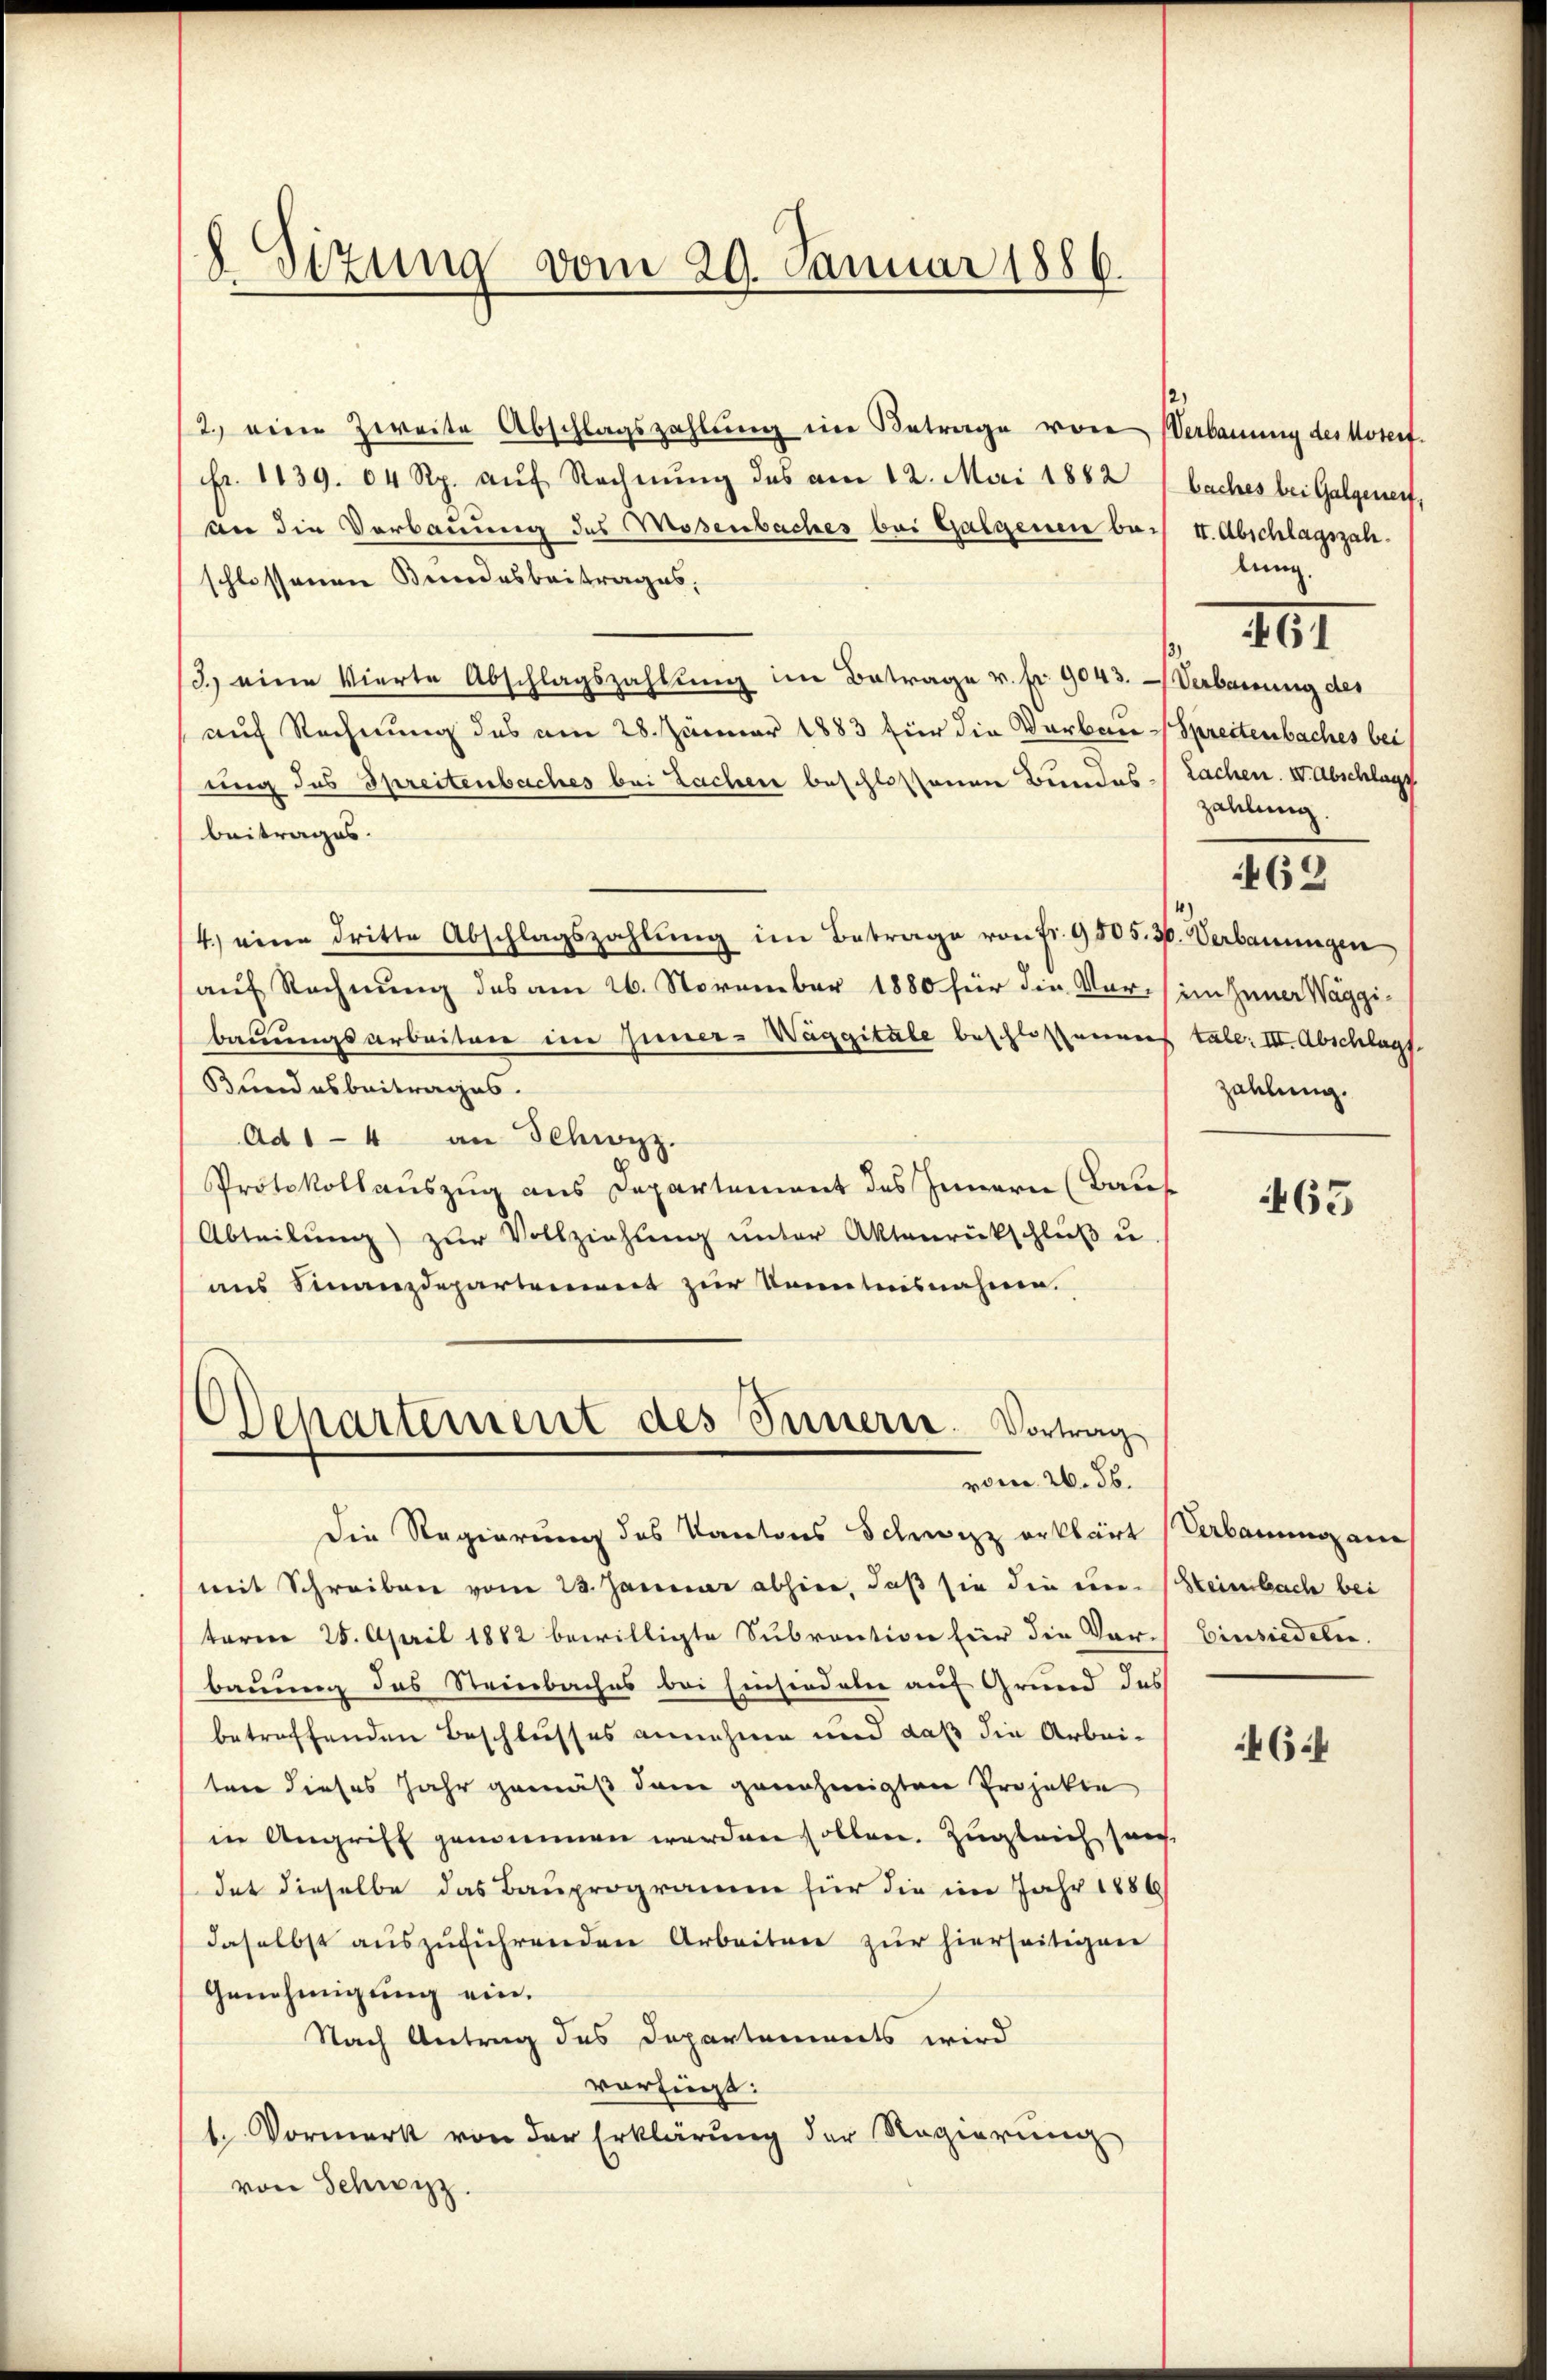
8 Sizung vom 29. Januar 1886.

2. eine Zweite Abschlagszahlŭng ein Betrage von Verbauung des Moserf.
fr. 1139. 64 Rp. aŭf Rechnŭng des am 12. Mai 1882 (baches bei Galgenent
an die Verbauung des Mosenbaches bei Galgenen bei II. Abschlagszahschlossenen Bundesbeitrages,
3) eine Vierte Abschlagszahlung im Betrage v. fr. 9043. - Verbauung des
auf Rechnung des am 28. Januar 1883 für die Verbau-Spreitenbaches bei
ung des Spreitenbaches bei Lachen beschlossenen Bundes- Lachen. IV. Abschlage
beitrages.
4.) eine dritte Abschlagszahlŭng im Betrage von fr. 9505. 30. Verbauungen
auf Rechnung des am 26. November 1880 für die Vor- im Jener Waggibauungsarbeiten im Inner-Wäggitale beschlossenes tale: III. Abschlags
Bundesbeitrages.
Ad 14 an Schwyz.
Protokollauszug aus Departement des Innern (Bauf
Abteilŭng zŭr Vollziehŭng ŭnter Aktenrückschlŭβ u.
aus Finanzdepartement zur Kenntnisnahme.
Departement des Innerer. Vortrag
vom 26. 56.
Die Regierung des Kantons Schwarz erklärt Verbauung am
mit Schreiben vom 23. Januar abhin, daß sie die ein Heimbach bei
term 25. April 1882 bewilligte Subvention für die Vor- Einsiedelin.
bauung des Steinbaches bei Einsiedalie auf Grund des
betreffenden Beschlusses annehme und daß die Arbeiten dieses Jahr gemäß dem genehmigten Projekte
in Angriff genommen werden sollen. Zugleich sei
dat dieselbe das Bauprogramm für die im Jahr 1886
daselbst auszuführenden Arbeiten zur hierseitigen
Genehmigung ein.
Nach Antrag des Departements wird
vorfüegt:
1. Vormerk von der Erklärung der Regierung
von Schwyz.

lung.
 XIII
zahlung.

462

Zahlung.

465

46